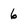
Character: 6